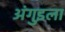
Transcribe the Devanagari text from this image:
अंगुइला